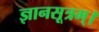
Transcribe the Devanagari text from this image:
ज्ञानसूत्रम्।